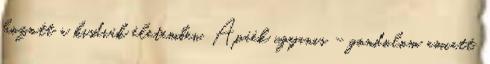
hozott a kisdiák életemben. Apáék ugyanis – gondolom amiatt,